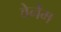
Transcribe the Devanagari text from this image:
वेर्नेम